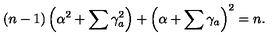
( n - 1 ) \left( \alpha ^ { 2 } + \sum \gamma _ { a } ^ { 2 } \right) + \left( \alpha + \sum \gamma _ { a } \right) ^ { 2 } = n .